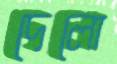
দেলো